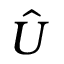
\hat { U }